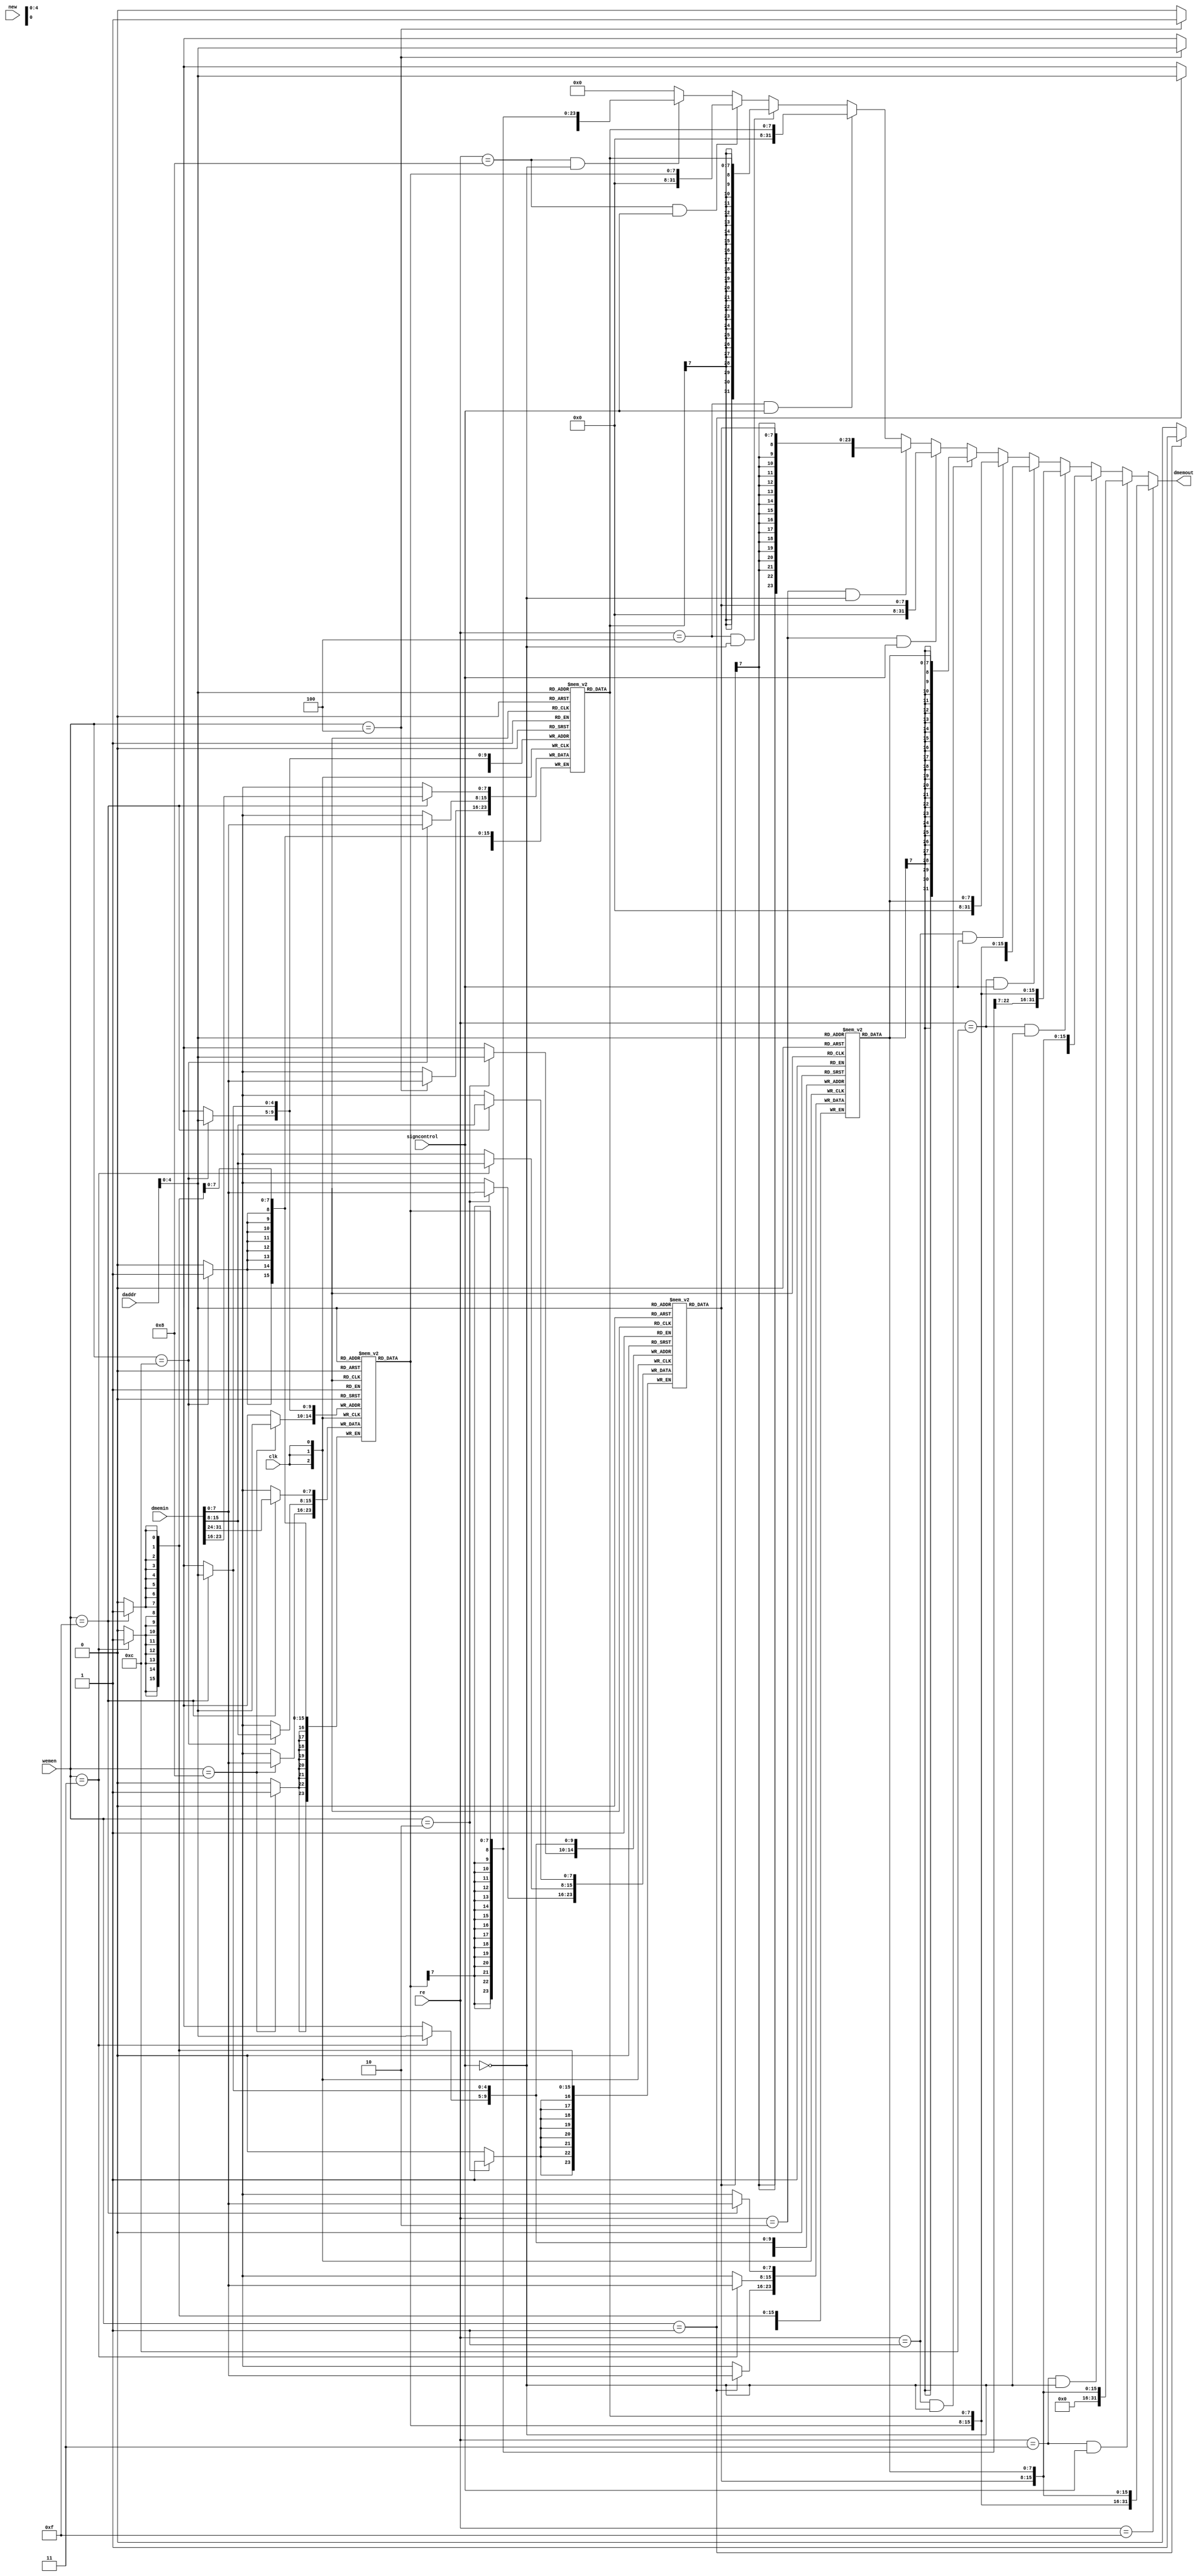
`timescale 1ns / 1ps
//////////////////////////////////////////////////////////////////////////////////
// Company: 
// Engineer: 
// 
// Design Name: 
// Module Name:    dmem 
// Project Name: 
// Target Devices: 
// Tool versions: 
// Description: 
//
// Dependencies: 
//
// Revision: 
// Revision 0.01 - File Created
// Additional Comments: 
//
//////////////////////////////////////////////////////////////////////////////////
module dmem(clk,
    daddr,
    dmemin,
    wemen,
	 re,
    dmemout,
	 signcontrol,new
);
 
    input wire new,clk;
	 input wire [31:0] daddr,dmemin;
	 input wire [3:0] wemen,re;
	 output reg [31:0] dmemout;
	 input wire signcontrol;
    reg [7:0] m0[0:31];
	 reg [7:0] m1[0:31];
	 reg [7:0] m2[0:31];
	 reg [7:0] m3[0:31];
	 
	 integer i;
	 initial begin
	
   m0[0]<=8'h00;
	m1[0]<=8'h11;
	m2[0]<=8'h22;
	m3[0]<=8'h33;
	
	m0[1]<=8'h44;
	m1[1]<=8'h55;
	m2[1]<=8'h66;
	m3[1]<=8'h77;
	
	m0[2]<=8'h88;
	m1[2]<=8'h99;
	m2[2]<=8'haa;
	m3[2]<=8'hbb;
	
	m0[3]<=8'hcc;
	m1[3]<=8'hdd;
	m2[3]<=8'hee;
	m3[3]<=8'hff;
	
	for (i=4;i<32;i=i+1)begin
	m0[i]<=0;
	m1[i]<=0;
	m2[i]<=0;
	m3[i]<=0;
	
	end
	
	end

    always@(daddr or re or signcontrol or new) begin
	 if (re==15)
	 dmemout<={m3[daddr],m2[daddr],m1[daddr],m0[daddr]};
	 else if (re==3 && signcontrol==1)//signcontrol1 unsigned extension
	 dmemout<={16'b0,m1[daddr],m0[daddr]};
	 else if (re==3 && signcontrol==0)//signcontrol0 signed extension
	 dmemout<={{16{m1[daddr][7]}},m1[daddr],m0[daddr]};
	 else if (re==12 && signcontrol==0)
	 dmemout<={{16{m3[daddr][7]}},m3[daddr],m2[daddr]};
	 else if (re==12 && signcontrol==1)
	 dmemout<={16'b0,m3[daddr],m2[daddr]};
	 else if (re==1 && signcontrol==1)
	 dmemout<={24'b0,m0[daddr]};
	 else if (re==1 && signcontrol==0)
	 dmemout<={{24{m0[daddr][7]}},m0[daddr]};
	 else if (re==2 && signcontrol==1)
	 dmemout<={24'b0,m1[daddr]};
    else if (re==2 && signcontrol==0)
	 dmemout<={{24{m1[daddr][7]}},m1[daddr]};
	 else if (re==4 && signcontrol==1)
	 dmemout<={24'b0,m2[daddr]};
	 else if (re==4 && signcontrol==0)
	 dmemout<={{24{m2[daddr][7]}},m2[daddr]};
	 else if (re==8 && signcontrol==1)
	 dmemout<={24'b0,m3[daddr]};
	 else if (re==8 && signcontrol==0)
	 dmemout<={{24{m3[daddr][7]}},m3[daddr]};
	 else 
	 dmemout<=0;
	 end
    
		
    always@(posedge clk) begin
	 
		  
        /*if (wemen[2]==1)begin
		  m2[daddr]<=dmemin[23:16];
		  end

		 
		  
		  
		  if (wemen[3]==1)
		  m3[daddr]<=dmemin[31:24];
		  if (wemen[1]==1)
		  m1[daddr]<=dmemin[15:8];
		  if (wemen[0]==1)
		  m0[daddr]<=dmemin[7:0];*/
		  if (wemen==15)
		  {m3[daddr],m2[daddr],m1[daddr],m0[daddr]}<=dmemin;
		  if (wemen==12)
		  {m3[daddr],m2[daddr]}<=dmemin[15:0];
		  if (wemen==3)
		  {m1[daddr],m0[daddr]}<=dmemin[15:0];
		  if (wemen==8)
		  m3[daddr]<=dmemin[7:0];
		  if (wemen==4)
		  m2[daddr]<=dmemin[7:0];
		  if (wemen==2)
		  m1[daddr]<=dmemin[7:0];
		  if (wemen==1)
		  m0[daddr]<=dmemin[7:0];
		  
		
    end

	
endmodule